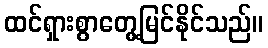
ထင်ရှားစွာတွေ့မြင်နိုင်သည်။